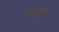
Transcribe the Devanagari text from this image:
रहताहै